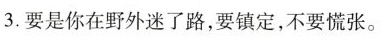
3.要是你在野外迷了路，要镇定，不要慌张。